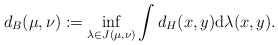
\begin{align*}d_B(\mu,\nu):=\inf\limits_{\lambda\in J(\mu,\nu)}\int d_H(x,y)\mathrm{d}\lambda(x,y) .\end{align*}